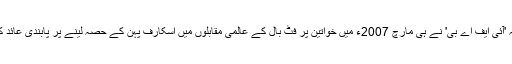
یاد رہے کہ 'آئی ایف اے بی' نے ہی مارچ 2007ء میں خواتین پر فٹ بال کے عالمی مقابلوں میں اسکارف پہن کے حصہ لینے پر پابندی عائد کردی تھی ۔